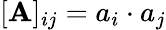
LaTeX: [\mathbf{A}]_{ij}=a_{i}\cdot a_{j}